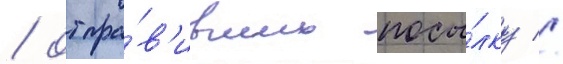
/ отпра́в'ивших посы́лку //